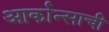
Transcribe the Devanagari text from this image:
आर्कान्साची